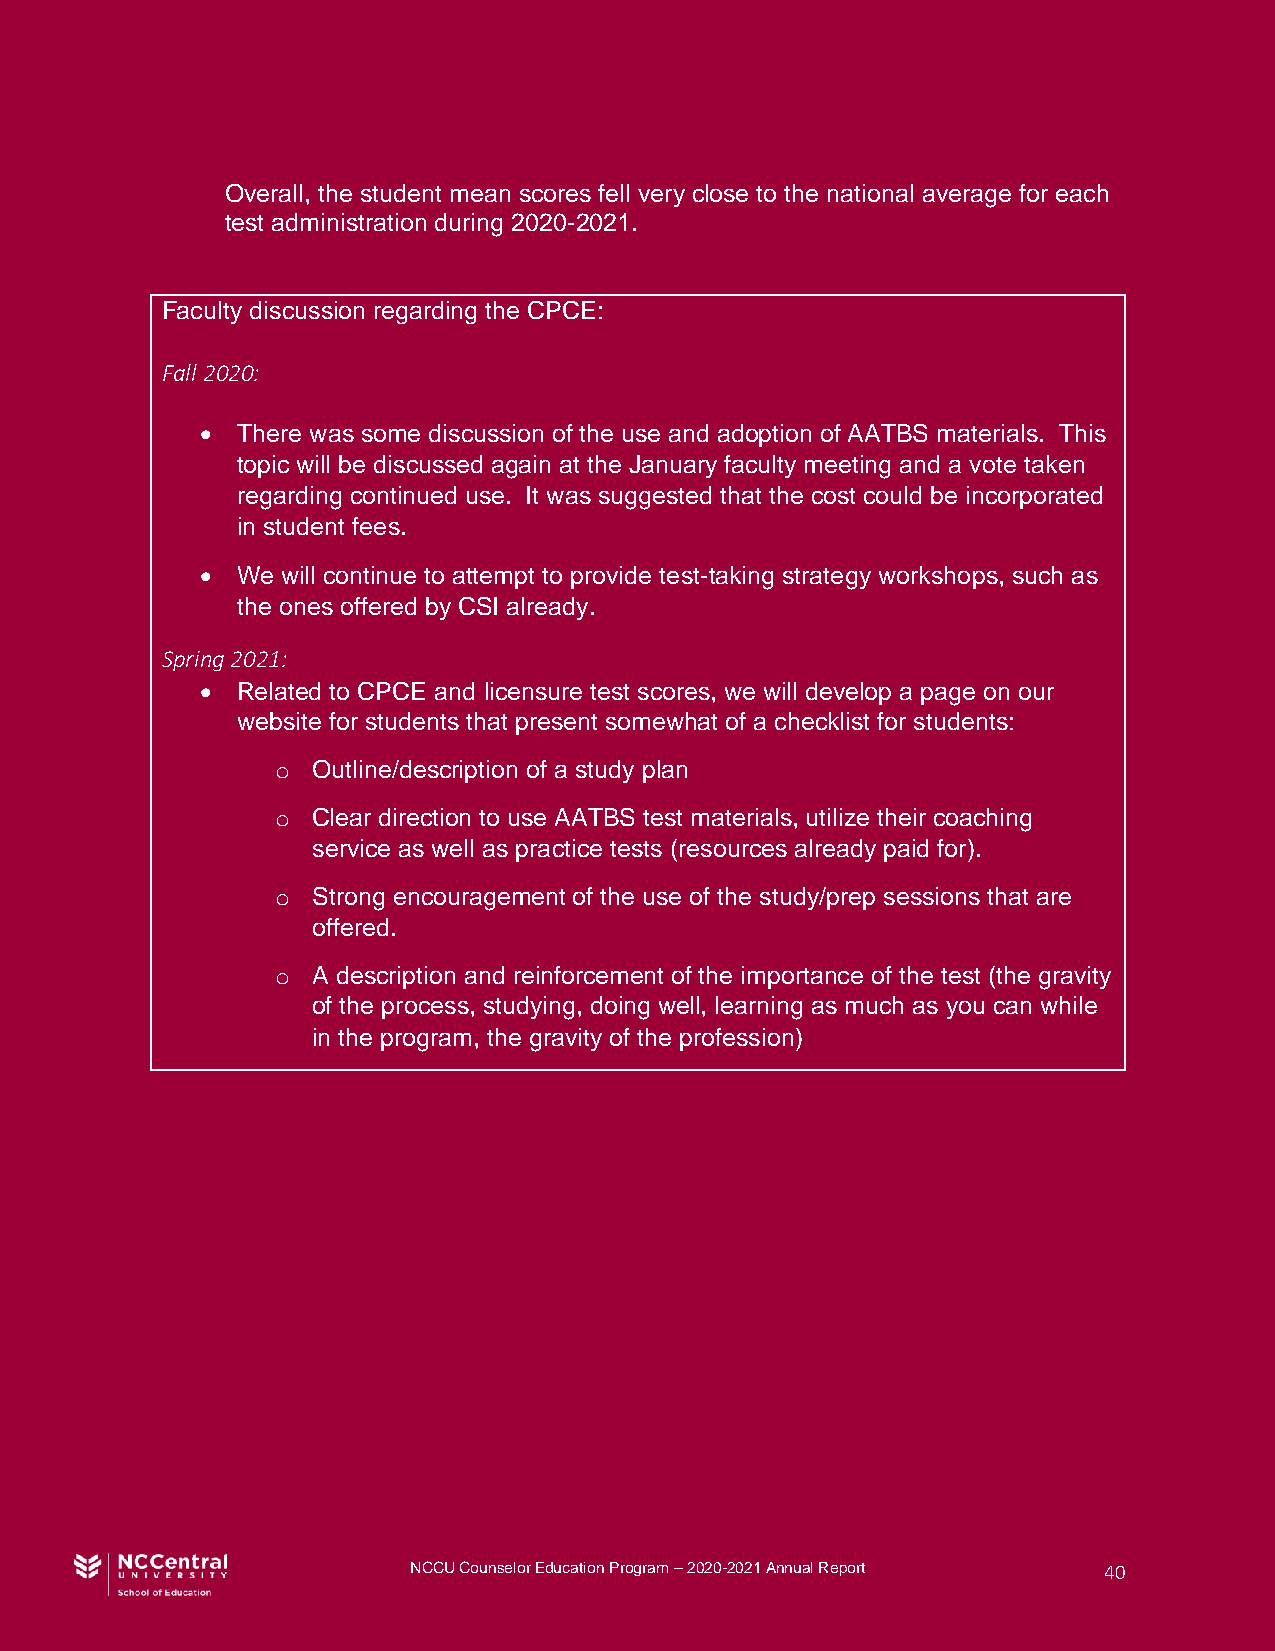
Overall, the student mean scores fell very close to the national average for each
 test administration during 2020-2021.
 Faculty discussion regarding the CPCE:
 Fall 2020:
 •  There was some discussion of the use and adoption of AATBS materials. This
 topic will be discussed again at the January faculty meeting and a vote taken
 regarding continued use. It was suggested that the cost could be incorporated
 in student fees.
 •  We will continue to attempt to provide test-taking strategy workshops, such as
 the ones offered by CSI already.
 Spring 2021:
 •  Related to CPCE and licensure test scores, we will develop a page on our
 website for students that present somewhat of a checklist for students:
 o  Outline/description of a study plan
 o  Clear direction to use AATBS test materials, utilize their coaching
 service as well as practice tests (resources already paid for).
 o  Strong encouragement of the use of the study/prep sessions that are
 offered.
 o  A description and reinforcement of the importance of the test (the gravity
 of the process, studying, doing well, learning as much as you can while
 in the program, the gravity of the profession)
 NCCU Counselor Education Program – 2020-2021 Annual Report 40